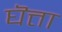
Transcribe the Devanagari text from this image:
घॆत्ता